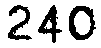
240